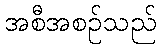
အစီအစဉ်သည်